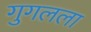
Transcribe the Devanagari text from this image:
गुगलला